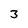
Character: 3